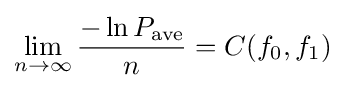
\lim _{n\to \infty }{\frac {-\ln P_{\text{ave}}}{n}}=C(f_{0},f_{1})